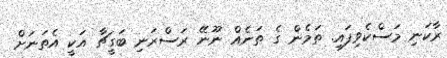
ރާކަނި މަސްކެވިފައި. ތަމެން ގެ ތަނެއް ނޫނޭ ރަސްރަނި ބަގީޗާ އަކީ އެތަނަށް